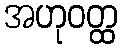
အဟုဝတ္ထ